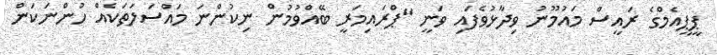
ޕީޕީއެމްގެ ރައީސް މައުމޫނު ވިދާޅުވެފައި ވަނީ "ޕްރައިމަރީ ބޭއްވުމުން ނިކުންނަ މައްސަލަތަކެއް ހުންނަކަން